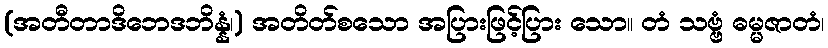
(အတီတာဒိဘေဒဘိန္နံ၊) အတိတ်စသော အပြားဖြင့်ပြား သော။ တံ သဗ္ဗံ ဓမ္မဇာတံ၊